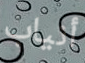
أنياب